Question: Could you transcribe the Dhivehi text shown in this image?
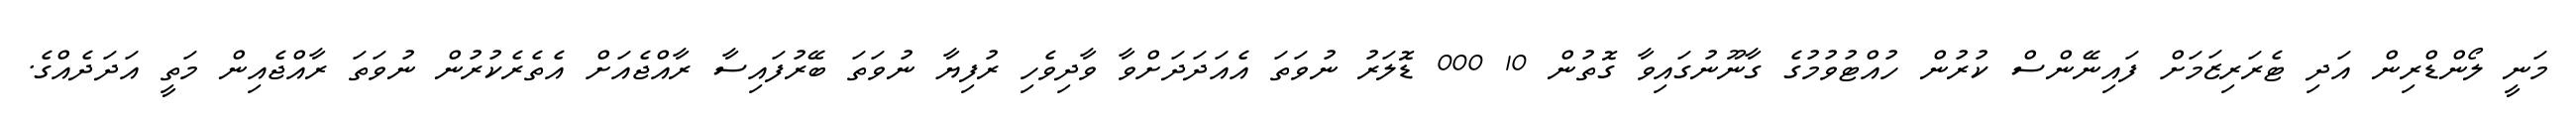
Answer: މަނީ ލޯންޑްރިން އަދި ޓެރަރިޒަމަށް ފައިނޭންސް ކުރުން ހުއްޓުވުމުގެ ގާނޫނުގައިވާ ގޮތުން 10 000 ޑޮލަރު ނުވަތަ އެއަދަދަށްވާ ވާދިވެހި ރުފިޔާ ނުވަތަ ބޭރުފައިސާ ރާއްޖެއަށް އެތެރެކުރުން ނުވަތަ ރާއްޖެއިން މަތީ އަދަދެއްގެ.